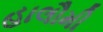
હાલૌમી